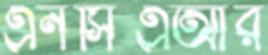
এনসিএআর